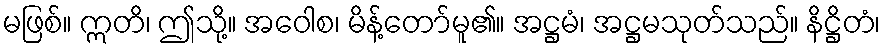
မဖြစ်။ ဣတိ၊ ဤသို့။ အဝေါစ၊ မိန့်တော်မူ၏။ အဋ္ဌမံ၊ အဋ္ဌမသုတ်သည်။ နိဋ္ဌိတံ၊